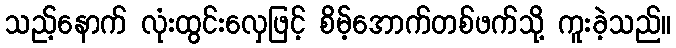
သည့်နောက် လုံးထွင်းလှေဖြင့် စိမ့်အောက်တစ်ဖက်သို့ ကူးခဲ့သည်။